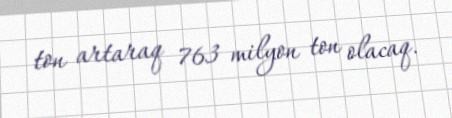
ton artaraq 763 milyon ton olacaq.